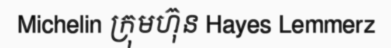
Michelin ក្រុមហ៊ុន Hayes Lemmerz